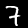
Digit: 7